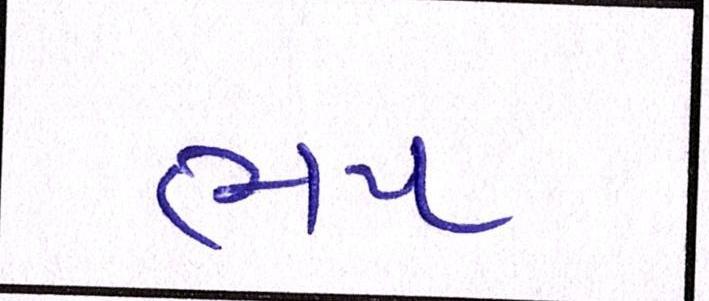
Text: ભય